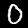
Label: 0